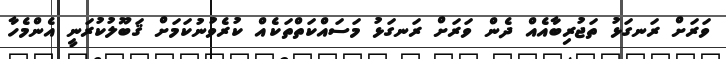
ވަރަށް ރަނގަޅު ތަޖުރިބާއެއް ދެން ވަރަށް ރަނގަޅު މަސައްކަތްތަކެއް ކުރެވުނުކަމަށް ޤަބޫލުކުރަނީ އެންމެހާ